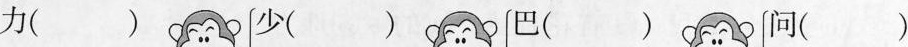
力（ ）少（ ）巴（ ）问（ ）